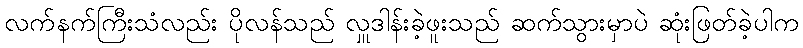
လက်နက်ကြီးသံလည်း ပိုလန်သည် လှူဒါန်းခဲ့ဖူးသည် ဆက်သွားမှာပဲ ဆုံးဖြတ်ခဲ့ပါက